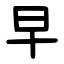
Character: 早